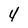
Character: 4